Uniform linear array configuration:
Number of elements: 24
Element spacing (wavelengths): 0.25
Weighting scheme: binomial
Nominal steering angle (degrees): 60
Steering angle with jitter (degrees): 60.431
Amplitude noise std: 0.05
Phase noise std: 0.05

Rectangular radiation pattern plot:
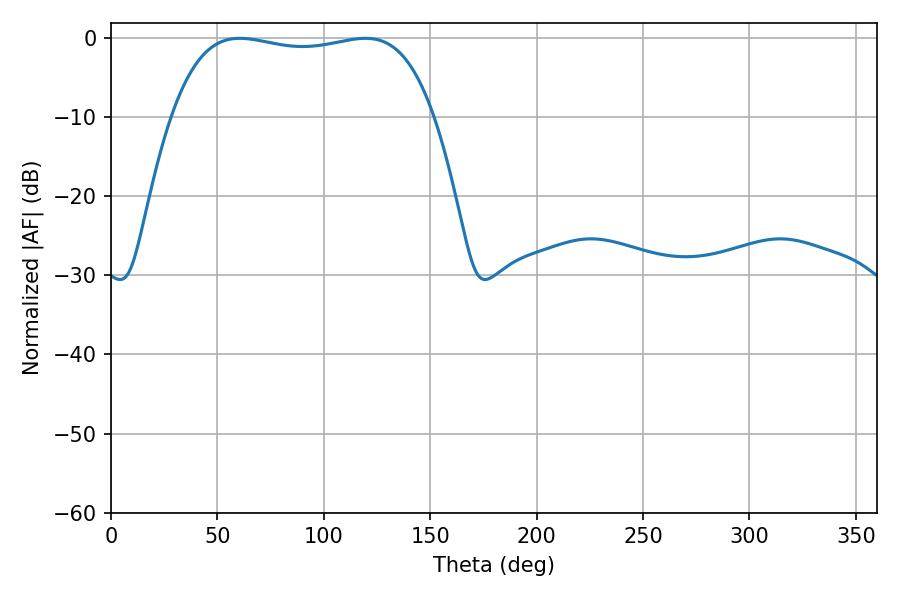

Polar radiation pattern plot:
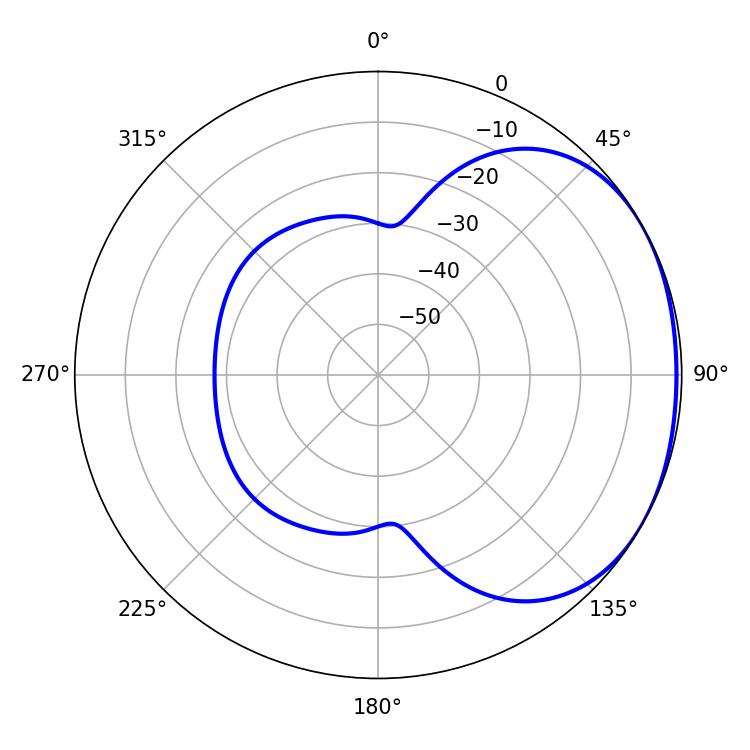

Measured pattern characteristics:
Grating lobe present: FALSE
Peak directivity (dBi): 1.584
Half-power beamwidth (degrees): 98.64
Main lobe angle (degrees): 60.48